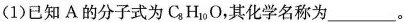
(1)已知A的分子式为C_{8}H_{10}O，其化学名称为___。